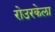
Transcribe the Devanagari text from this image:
रोउरकेला